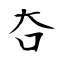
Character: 夻